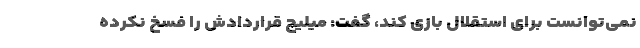
نمی‌توانست برای استقلال بازی کند، گفت: میلیچ قراردادش را فسخ نکرده